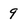
Character: 9